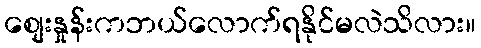
စျေးနှုန်းကဘယ်လောက်ရနိုင်မလဲသိလား။